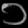
Digit: ၁